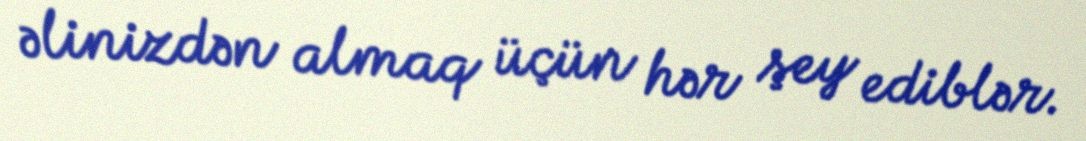
əlinizdən almaq üçün hər şey ediblər.